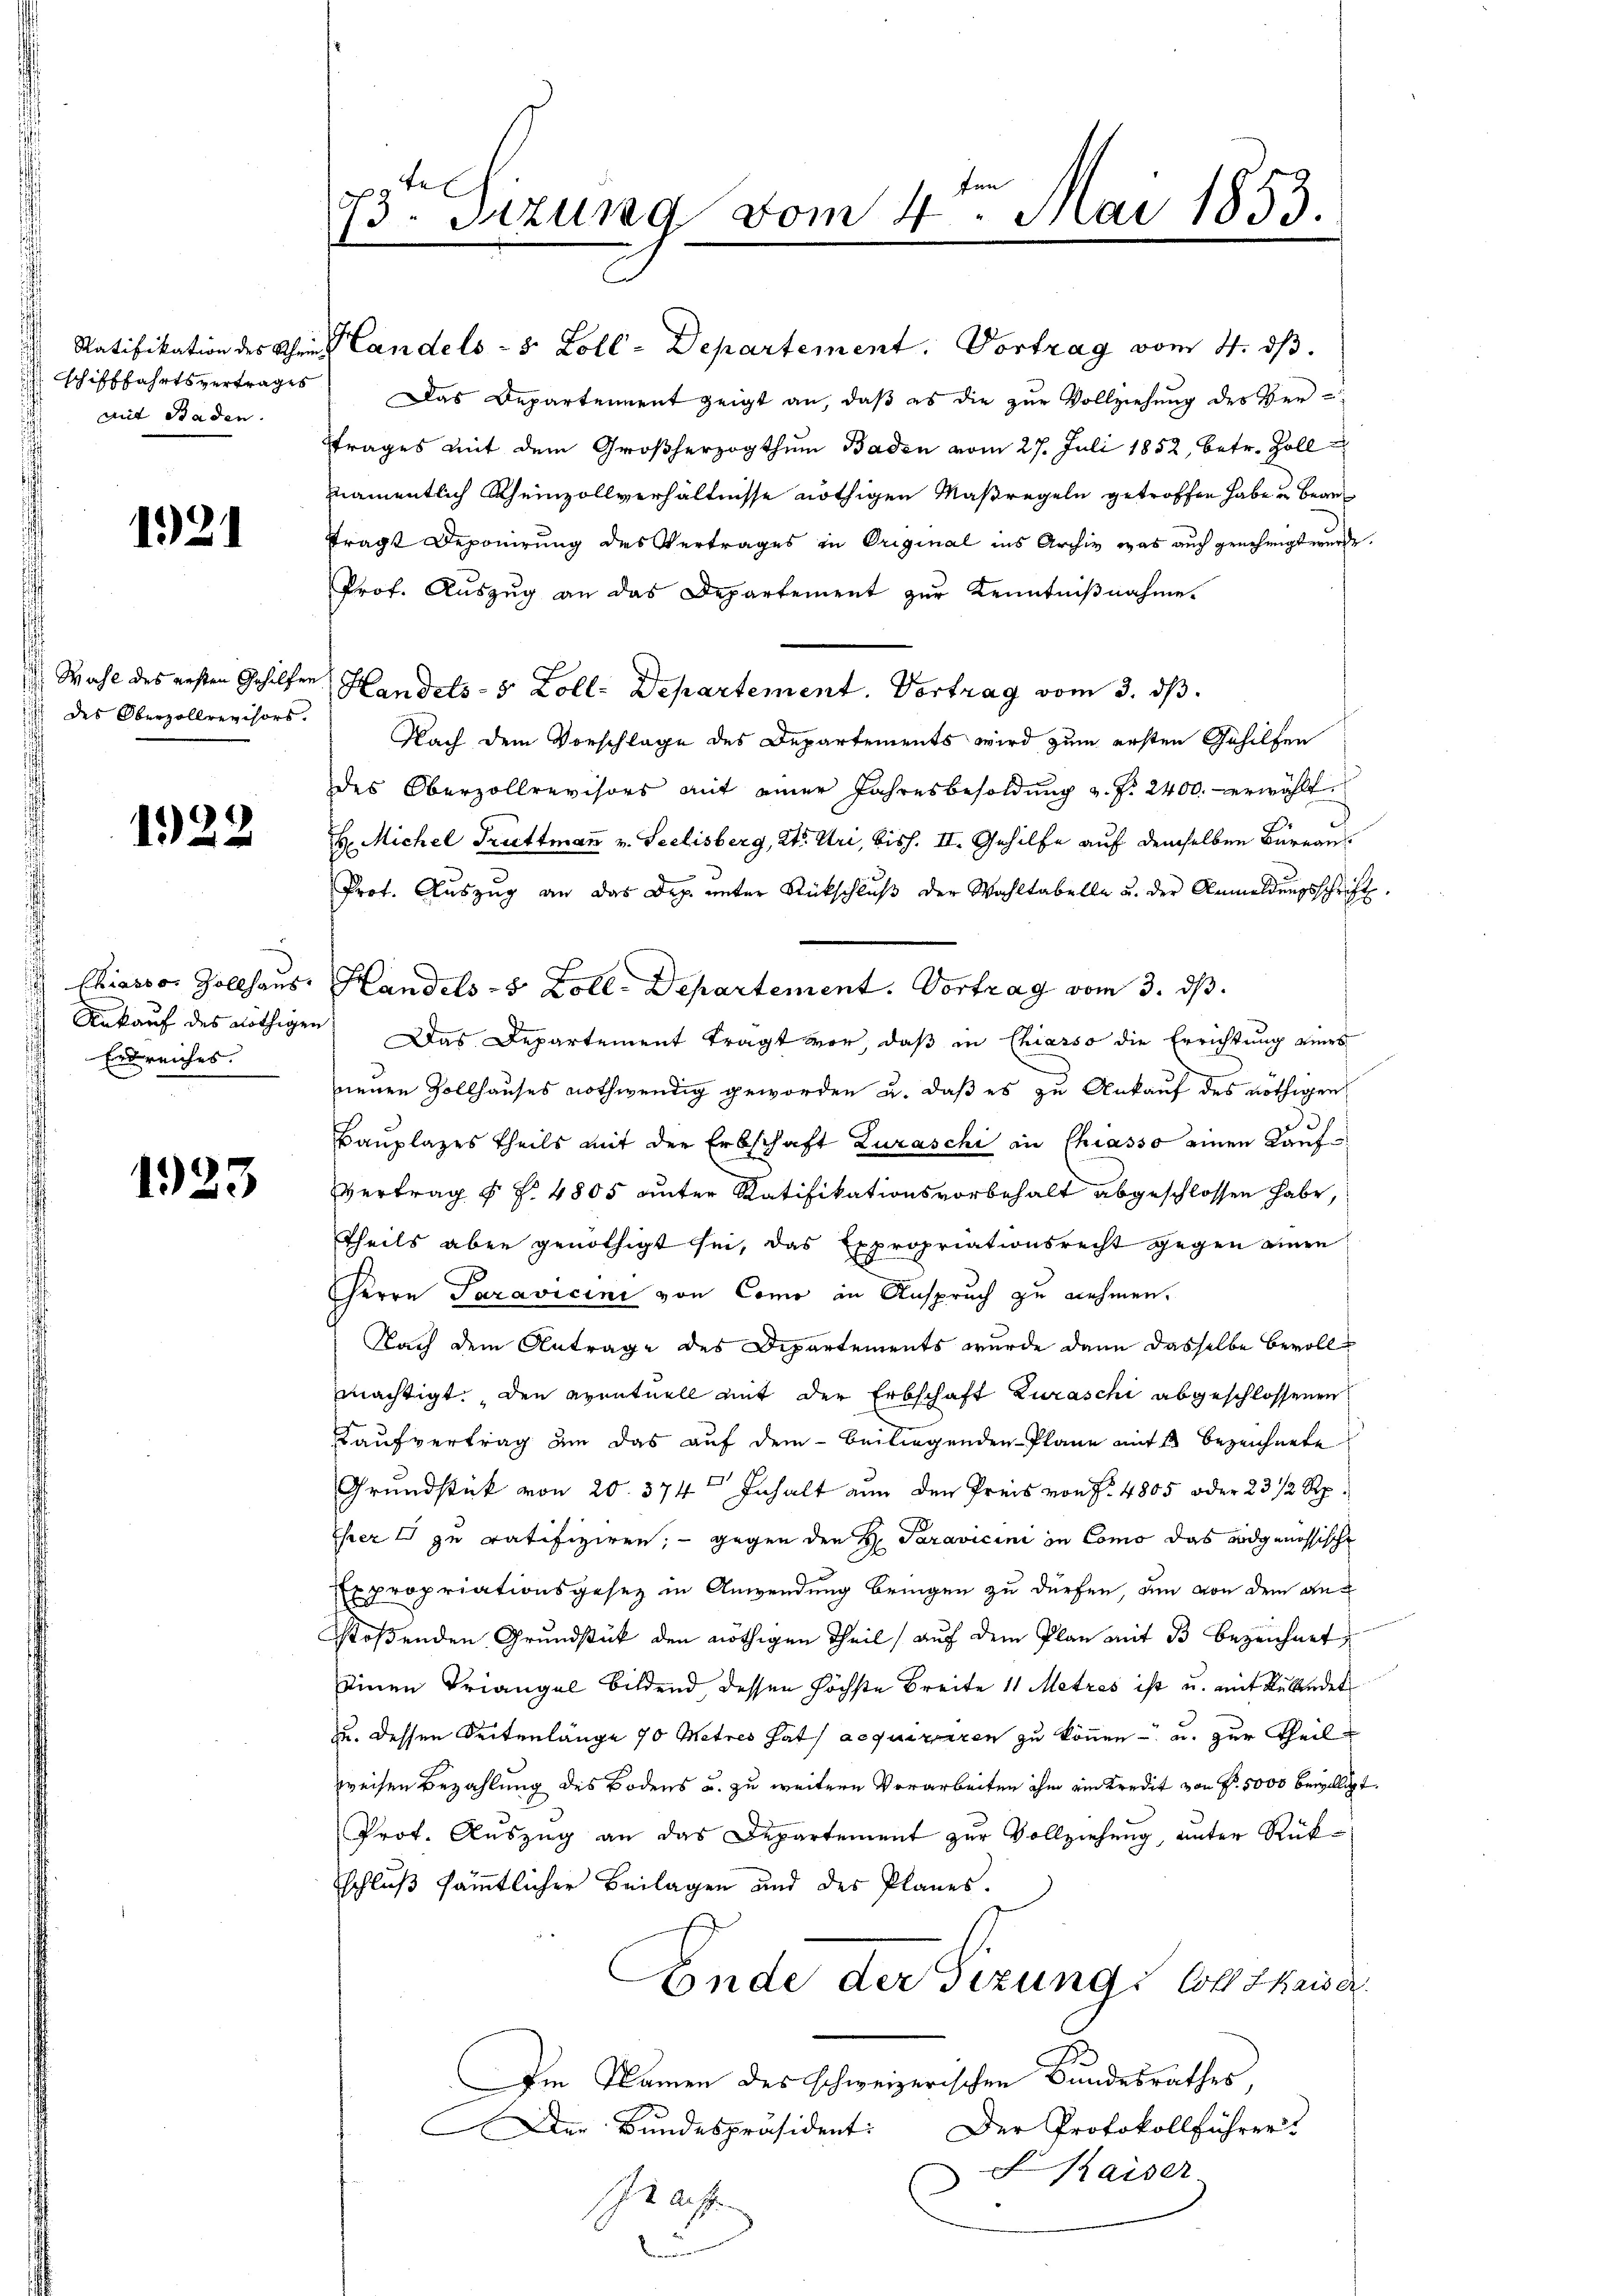
Schifffahrtsvertrages
mit Baden

1921

Wahl des ersten Gehilfen
 des Oberzollrevisors.

1922

Chiasso, Zollhaus
Aukauf des nöthigen
Erdreiches.

1923

73te Sizung vom 4. Mai 1853.

Prof. Auszug an das Departement zur Kenntniβnahme.
Handels- 5 Zoll-Departement. Vortrag vom 3. ds.
Nach dem Vorschläge des Departements wird zum ersten Gehilfen
des Oberzollrevisors mit einer Jahresbesoldung u. f. 2400. erwählt.
H. Michel Truttmann v. Seelisberg, Kt. Uri, bish. II. Gehilfe auf demselben Büreau¬
Prot. Auszug an das Dep. unter Rückschluß der Wahltabelle u. der Anmeldungsschrift
Handels- & Zoll-Departement. Vortrag vom 3. ds.
Das Departement tragt vor, daß in Chiasso die Errichtung eines
neuen Zollhauses nothwendig geworden u. daß es zu Ankauf des nöthigen
Bauplazes theils mit der Erbschaft Zuraschi in Chiasso einen Kauf¬
Vertrag § §. 4805 unter Ratifikationsvorbehalt abgeschlossen habe,
Theils aber genöthigt sei, das Expropriationsrecht gegen einen
Herrn Saravicini von Como in Anspruch zu nehmen.
Nach dem Antrage des Departements wurde dann dasselbe bevolls
mächtigt. Den eventuell mit der Erbschaft Zuraschi abgeschlossenen
Kaufvertrag an das auf dem beiliegenden Plane mit bezeichnete
Grundstück von 20. 374 Inhalt nun den Preis von S. 4805 oder 23 1/2 Rp.
Ehrer I zu ratifiziren; - gegen den H. Paravicini in Como das andgenössische
Expropriationsgesetz in Anwendung bringen zu dürfen, um von dem anstoßenden Grundstück den nöthigen Theil auf dem Plan mit 33 bezeichnet,
einen Triangel bildend dessen höchste Breite 11 Metres ist u. mit Rübendet
u. dessen Seitenlänge 70 Metres hat acquiriren zu können - u. zur Theil
weisen Bezahlung des Bodens u. zu weitern Vorarbeiten ihm ein Kredit von Fr. 5000 bewilligt.
Prof. Auszug an das Departement zur Vollziehung, unter Rükschluß sämmtlicher Beilagen und des Planes.
Ende der Fizung: Coll Zkaiser
Im Namen des schweizerischen Bundesrathes,
Der Protokollführer
Der Bundespräsident:
Kaiser.
sche auffe
u

Ratifikation des Chri Landels - 8 Zoll - Departement. Vortrag vom 4. dβ.
Das Departement zeigt an, daß es die zur Vollziehung des Ver-
trages mit dem Großherzogthum Baden vom 27. Juli 1852, betr. Zollnamentlich Rheinzollverhältnisse nöthigen Maßregeln getroffen habe u beanfrägt Deponirung des Vertrages in Original ins Archiv was auch genehmigt wurde.